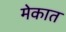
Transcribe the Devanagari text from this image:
मेकात